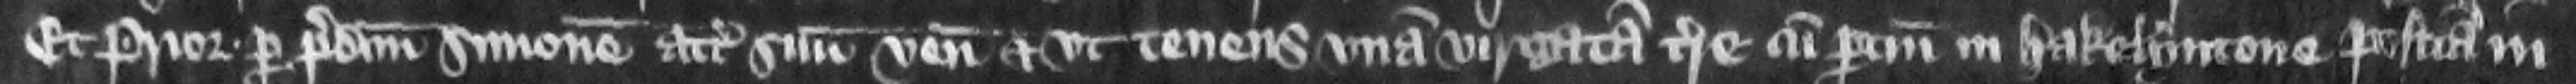
Et prior per predictum Simonem attornatum suum venit et respondet vt tenens vnam virgatam terre cum pertinenciis in Hakelyntone positam in